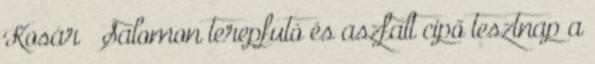
Kosár → Salomon terepfutó és aszfalt cipő tesztnap a